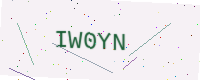
Text: IW0YN